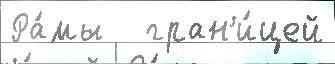
Ра́мы   гран'и́цей